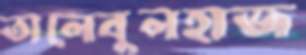
তালেবুলহাজ